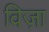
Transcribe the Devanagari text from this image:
विज़ा